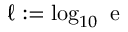
\ell : = \log _ { 1 0 } \mathrm { ~ e ~ }